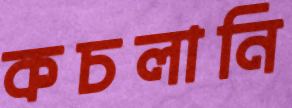
কচলানি